Sanitation, dispensaries and jails vaccination Rajputana 1922-1927 - 1922-1927
Year: 1922
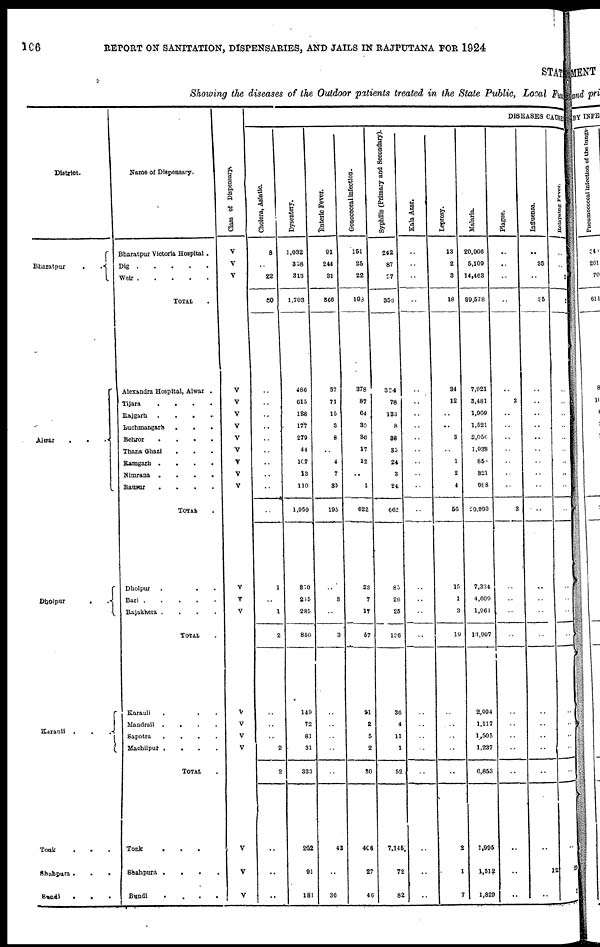
106
REPORT ON SANITATION, DISPENSARIES, AND JAILS IN RAJPUTANA FOR 1924
STAT
Showing the diseases of the Outdoor patients treated in the State Public, Local Fund
District.
Bharatpur
..
Alwar
...
Dholpur
..
Karauli
...
Tonk
...
Shahpura
...
Bundi
...
Name of Dispensary.
Bharatpur Victoria Hospital .
Dig
.
.
.
.
Weir
TOTAL .
Alexandra Hospital, Alwar .
Tijara
.
.
.
.
Rajgarh
....
Luchmangarh
.
.
.
Behror
.
.
.
.
Thana Ghazi ...
Ramgarh
.
.
.
.
Nimrana
.
.
.
.
Bausur
.
.
.
.
TOTAL .
Dholpur ...
Bari .
.
.
.
.
Rajakhera .
.
.
.
TOTAL .
Karauli ...
Mandrail
.
.
.
.
Sapotra
.
.
.
.
Machilpur .
.
.
.
TOTAL .
Tonk
...
Shahpura
.
.
.
.
Bundi
.
.
.
.
Class of Dispensary.
V
V
V
V
V
V
V
V
V
V
V
V
V
V
V
V
V
V
V
V
V
V
DISEASES CAUSE
Cholera, Asiatic.
8
..
22
30
..
..
..
..
..
..
..
..
..
..
1
..
1
2
..
..
..
2
2
..
..
..
Dysentery.
1,032
358
313
1,703
486
615
128
177
279
44
107
13
110
1,959
370
215
285
850
149
72
81
31
333
292
91
181
Enteric Fever.
91
244
31
366
57
71
15
3
8
..
4
7
39
195
..
3
..
3
..
..
..
..
..
43
..
36
Gonococcal infection.
151
25
22
198
378
87
64
30
36
17
12
..
1
622
33
7
17
57
21
2
5
2
30
406
27
46
Syphilis (Primary and Secondary).
242
87
£7
356
324
78
133
8
36
35
24
3
24
662
85
26
25
136
36
4
11
1
52
7,145
72
82
Kala Azar.
..
..
..
..
..
..
..
..
..
..
..
..
..
..
..
..
..
..
..
..
..
..
..
..
..
Leprosy.
13
2
3
18
34
12
..
..
3
..
1
2
4
56
15
1
3
19
..
..
..
..
..
2
1
7
Malaria.
20,006
5,109
14,463
39,578
7,921
3,481
1,909
1,521
2,050
1,938
850
321
988
20,993
7,334
4,609
1,961
13,907
2,994
1,117
1,505
1,237
6,853
1,995
1,512
1,829
Plague.
..
..
..
..
..
3
..
..
..
..
..
..
..
3
..
..
..
..
..
..
..
..
..
..
..
..
Influenza.
..
35
..
35
..
..
..
..
..
..
..
..
..
..
..
..
..
..
..
..
..
..
..
..
12
..
Relapsing Fever.
..
..
1
1
..
..
..
..
..
..
..
..
..
..
..
..
..
..
..
..
..
..
..
..
25
1